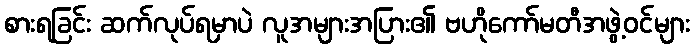
စားရခြင်း ဆက်လုပ်ရမှာပဲ လူအများအပြား၏ ဗဟိုကော်မတီအဖွဲ့ဝင်များ